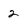
Character: 2